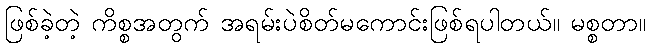
ဖြစ်ခဲ့တဲ့ ကိစ္စအတွက် အရမ်းပဲစိတ်မကောင်းဖြစ်ရပါတယ်။ မစ္စတာ။